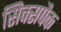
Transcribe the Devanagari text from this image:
सिक्सपैक